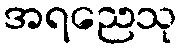
အရညေသု